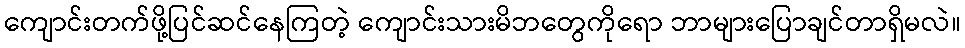
ကျောင်းတက်ဖို့ပြင်ဆင်နေကြတဲ့ ကျောင်းသားမိဘတွေကိုရော ဘာများပြောချင်တာရှိမလဲ။